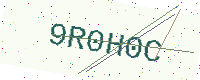
Text: 9R0H0C